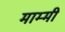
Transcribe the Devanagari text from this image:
माम्मी